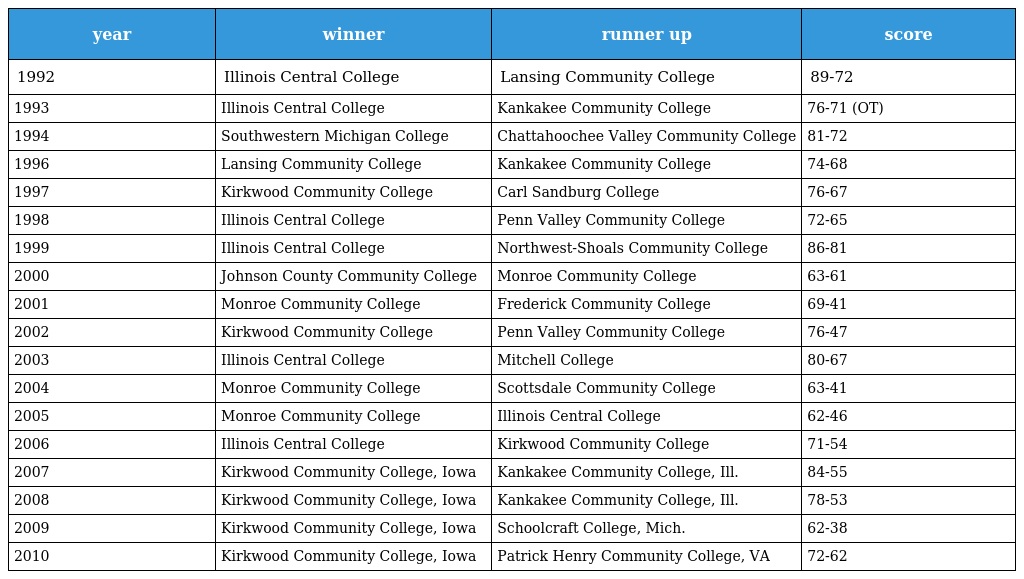
| year | winner | runner up | score |
 | --- | --- | --- | --- |
 | 1992 | Illinois Central College | Lansing Community College | 89-72 |
 | 1993 | Illinois Central College | Kankakee Community College | 76-71 (OT) |
 | 1994 | Southwestern Michigan College | Chattahoochee Valley Community College | 81-72 |
 | 1996 | Lansing Community College | Kankakee Community College | 74-68 |
 | 1997 | Kirkwood Community College | Carl Sandburg College | 76-67 |
 | 1998 | Illinois Central College | Penn Valley Community College | 72-65 |
 | 1999 | Illinois Central College | Northwest-Shoals Community College | 86-81 |
 | 2000 | Johnson County Community College | Monroe Community College | 63-61 |
 | 2001 | Monroe Community College | Frederick Community College | 69-41 |
 | 2002 | Kirkwood Community College | Penn Valley Community College | 76-47 |
 | 2003 | Illinois Central College | Mitchell College | 80-67 |
 | 2004 | Monroe Community College | Scottsdale Community College | 63-41 |
 | 2005 | Monroe Community College | Illinois Central College | 62-46 |
 | 2006 | Illinois Central College | Kirkwood Community College | 71-54 |
 | 2007 | Kirkwood Community College, Iowa | Kankakee Community College, Ill. | 84-55 |
 | 2008 | Kirkwood Community College, Iowa | Kankakee Community College, Ill. | 78-53 |
 | 2009 | Kirkwood Community College, Iowa | Schoolcraft College, Mich. | 62-38 |
 | 2010 | Kirkwood Community College, Iowa | Patrick Henry Community College, VA | 72-62 |